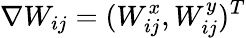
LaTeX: \nabla W_{ij}=(W_{ij}^{x},W_{ij}^{y})^{T}